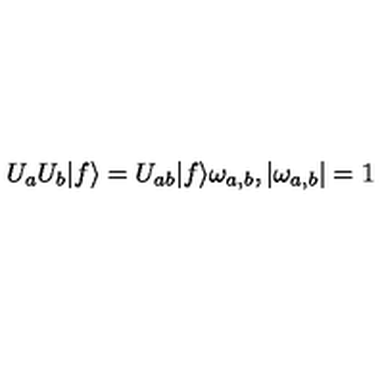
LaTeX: U _ { a } U _ { b } | f \rangle = U _ { a b } | f \rangle \omega _ { a , b } , | \omega _ { a , b } | = 1 ~